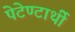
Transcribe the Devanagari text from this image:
पेटेण्टार्थी